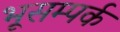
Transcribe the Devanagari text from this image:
भूसम्पर्क